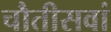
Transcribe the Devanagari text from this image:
चौतीसवां